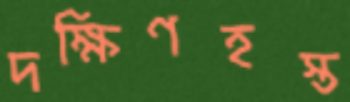
দক্ষিণহস্ত